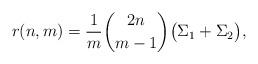
LaTeX: \begin{align*}r(n,m) = \frac{1}{m} {2n \choose m-1} \big( \Sigma_1+ \Sigma_2\big),\end{align*}